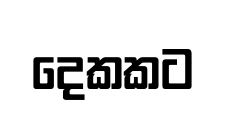
දෙකකට